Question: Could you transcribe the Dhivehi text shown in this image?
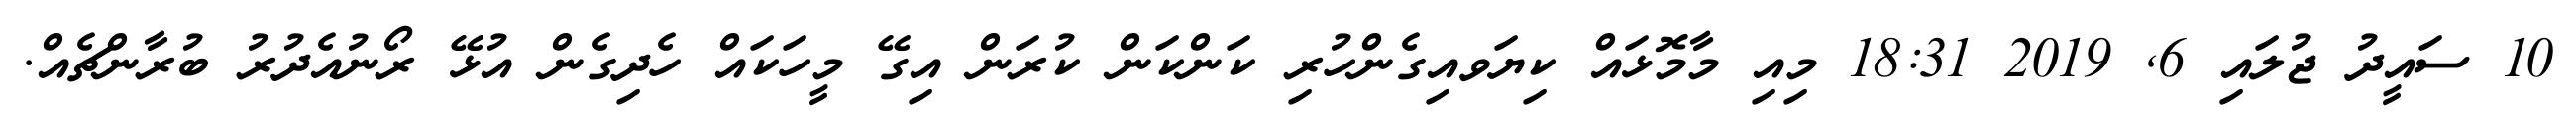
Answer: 10 ސައީދު ޖުލައި 6, 2019 18:31 މިއި މާމޮޅައް ކިޔަވއިގެންހުރި ކަންކަން ކުރަން އިގޭ މީހަކައް ހެދިގެން އުޅޭ ރޯނުއެދުރު ބުރާންޗެއް.